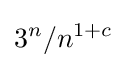
3^{n}/n^{1+c}